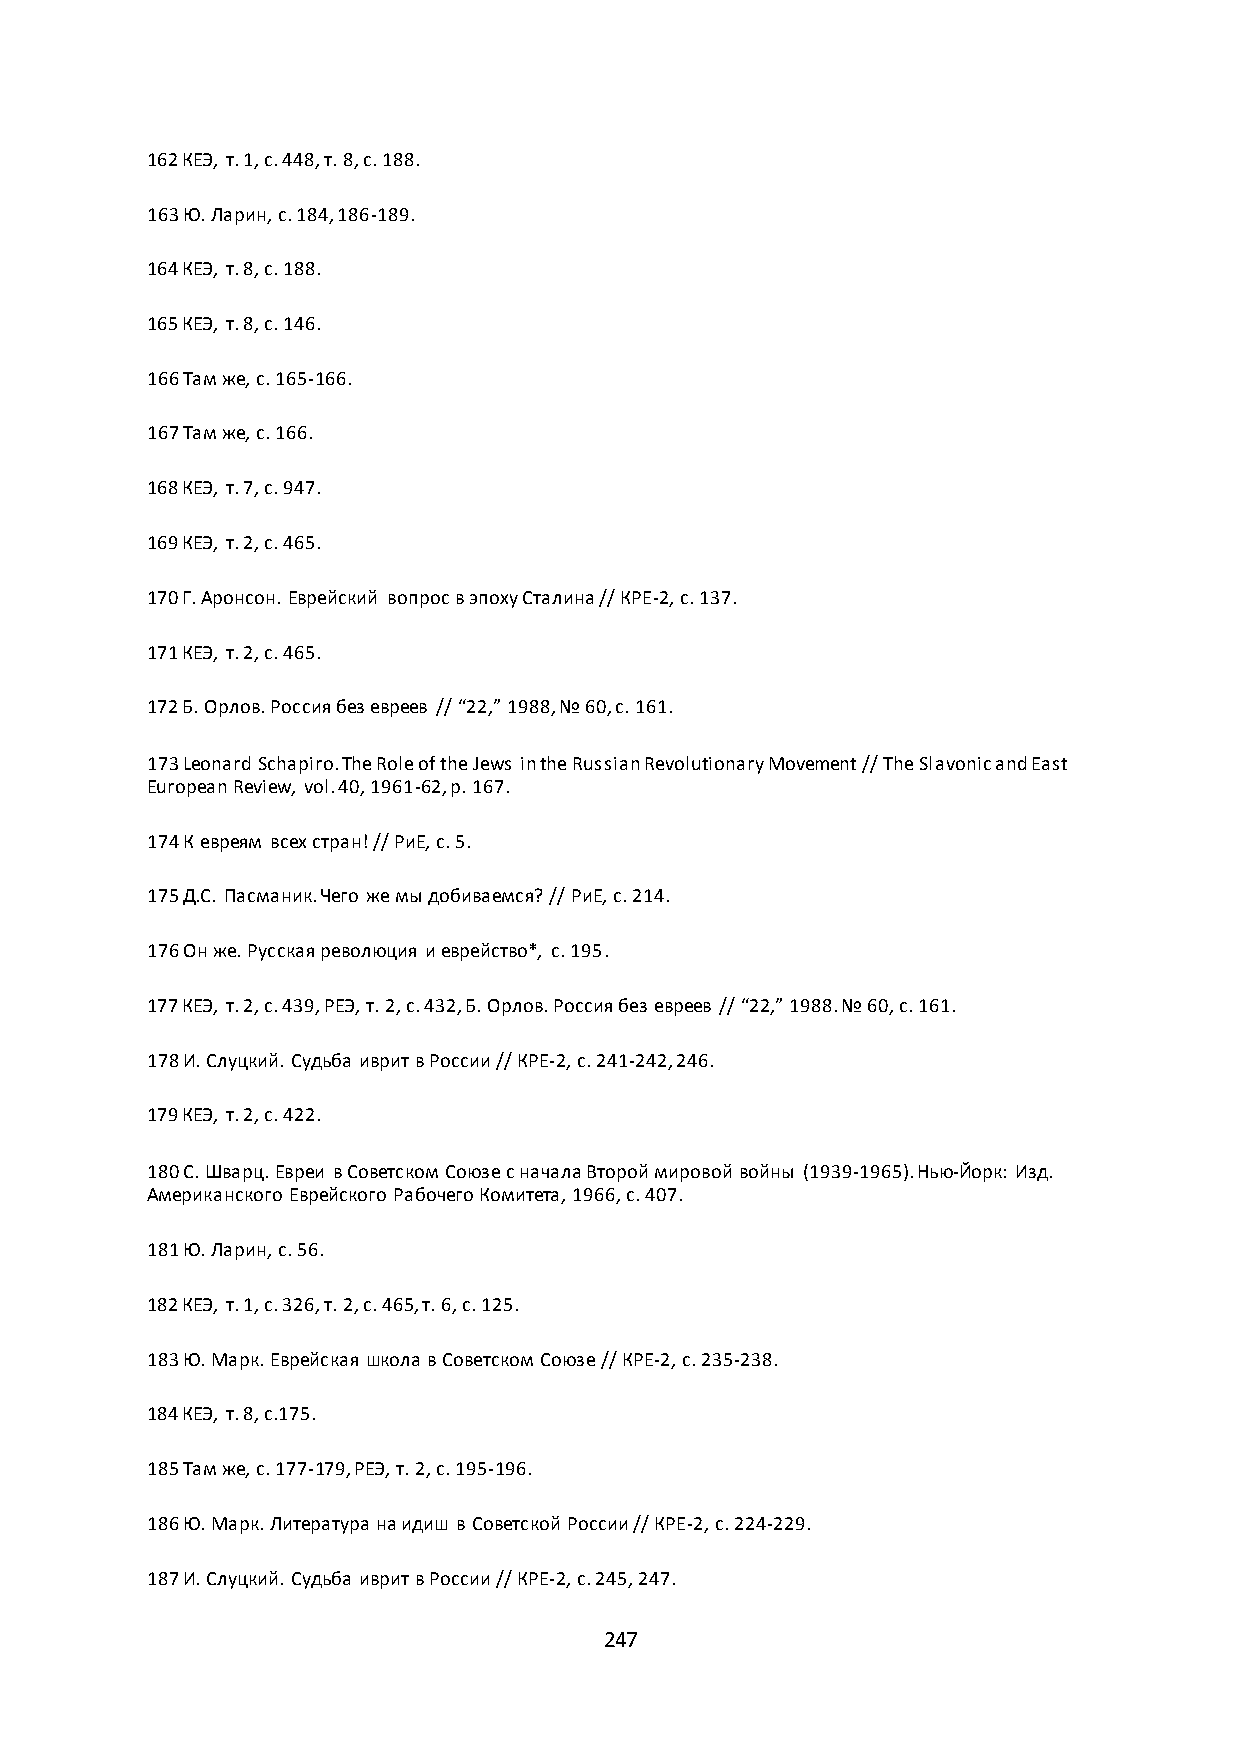
162 КЕЭ, т. 1, с. 448, т. 8, с. 188.
 163 Ю. Ларин, с. 184, 186-189.
 164 КЕЭ, т. 8, с. 188.
 165 КЕЭ, т. 8, с. 146.
 166 Там же, с. 165-166.
 167 Там же, с. 166.
 168 КЕЭ, т. 7, с. 947.
 169 КЕЭ, т. 2, с. 465.
 170 Г. Аронсон. Еврейский вопрос в эпоху Сталина // КРЕ-2, с. 137.
 171 КЕЭ, т. 2, с. 465.
 172 Б. Орлов. Россия без евреев // “22,” 1988, № 60, с. 161.
 173 Leonard Schapiro. The Role of the Jews in the Russian Revolutionary Movement // The Slavonic and East
 European Review, vol. 40, 1961-62, p. 167.
 174 К евреям всех стран! // РиЕ, с. 5.
 175 Д.С. Пасманик. Чего же мы добиваемся? // РиЕ, с. 214.
 176 Он же. Русская революция и еврейство*, с. 195.
 177 КЕЭ, т. 2, с. 439, РЕЭ, т. 2, с. 432, Б. Орлов. Россия без евреев // “22,” 1988. № 60, с. 161.
 178 И. Слуцкий. Судьба иврит в России // КРЕ-2, с. 241-242, 246.
 179 КЕЭ, т. 2, с. 422.
 180 С. Шварц. Евреи в Советском Союзе с начала Второй мировой войны (1939-1965). Нью-Йорк: Изд.
 Американского Еврейского Рабочего Комитета, 1966, с. 407.
 181 Ю. Ларин, с. 56.
 182 КЕЭ, т. 1, с. 326, т. 2, с. 465, т. 6, с. 125.
 183 Ю. Марк. Еврейская школа в Советском Союзе // КРЕ-2, с. 235-238.
 184 КЕЭ, т. 8, с.175.
 185 Там же, с. 177-179, РЕЭ, т. 2, с. 195-196.
 186 Ю. Марк. Литература на идиш в Советской России // КРЕ-2, с. 224-229.
 187 И. Слуцкий. Судьба иврит в России // КРЕ-2, с. 245, 247.
 247